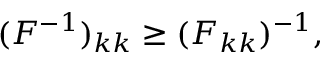
( F ^ { - 1 } ) _ { k k } \ge ( F _ { k k } ) ^ { - 1 } ,